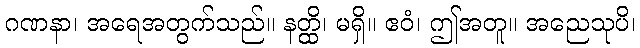
ဂဏနာ၊ အရေအတွက်သည်။ နတ္ထိ၊ မရှိ။ ဧဝံ၊ ဤအတူ။ အညေသုပိ၊